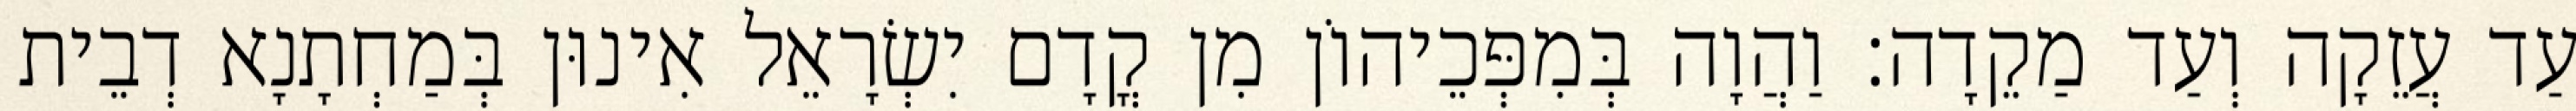
עַד עֲזֵקָה וְעַד מַקֵדָה׃ וַהֲוָה בְּמִפְּכֵיהוֹן מִן קֳדָם יִשְׂרָאֵל אִינוּן בְּמַחְתָנָא דְבֵית